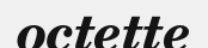
octette